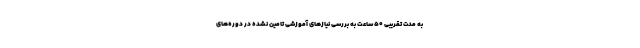
به مدت تقریبی 50 ساعت به بررسی نیازهای آموزشی تامین نشده در دوره‌های